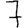
Digit: 7